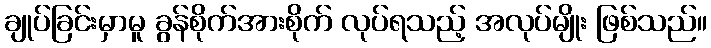
ချုပ်ခြင်းမှာမူ ခွန်စိုက်အားစိုက် လုပ်ရသည့် အလုပ်မျိုး ဖြစ်သည်။